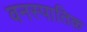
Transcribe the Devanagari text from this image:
वनस्पातिक